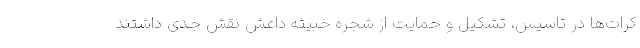
کرات‌ها در تاسیس، تشکیل و حمایت از شجره خبیثه داعش نقش جدی داشتند